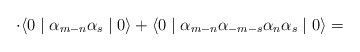
\begin{align*}\cdot \langle 0 \mid {\alpha}_{m-n} {\alpha}_s \mid 0 \rangle +\langle 0 \mid {\alpha}_{m-n} {\alpha}_{-m-s} {\alpha}_n{\alpha}_s \mid 0 \rangle =\end{align*}